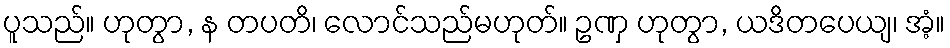
ပူသည်။ ဟုတွာ, န တပတိ၊ လောင်သည်မဟုတ်။ ဥဏှ ဟုတွာ, ယဒိတပေယျ၊ အံ့။